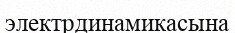
электрдинамикасына